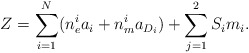
\begin{align*}Z = \sum_{i=1}^{N} (n^{i}_e a_i + n^{i}_m a_{D_i})+ \sum_{j=1}^{2} S_i m_i.\end{align*}